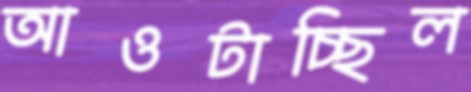
আওটাচ্ছিল